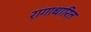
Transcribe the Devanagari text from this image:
रागाधारित